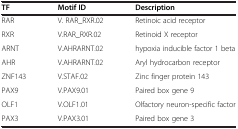
<table><thead><tr><td><b>TF</b></td><td><b>Motif ID</b></td><td><b>Description</b></td></tr></thead><tbody><tr><td>RAR</td><td>V. RAR_RXR.02</td><td>Retinoic acid receptor</td></tr><tr><td>RXR</td><td>V.RAR_RXR.02</td><td>Retinoid X receptor</td></tr><tr><td>ARNT</td><td>V.AHRARNT.02</td><td>hypoxia inducible factor 1 beta</td></tr><tr><td>AHR</td><td>V.AHRARNT.02</td><td>Aryl hydrocarbon receptor</td></tr><tr><td>ZNF143</td><td>V.STAF.02</td><td>Zinc finger protein 143</td></tr><tr><td>PAX9</td><td>V.PAX9.01</td><td>Paired box gene 9</td></tr><tr><td>OLF1</td><td>V.OLF1.01</td><td>Olfactory neuron-specific factor</td></tr><tr><td>PAX3</td><td>V.PAX3.01</td><td>Paired box gene 3</td></tr></tbody></table>